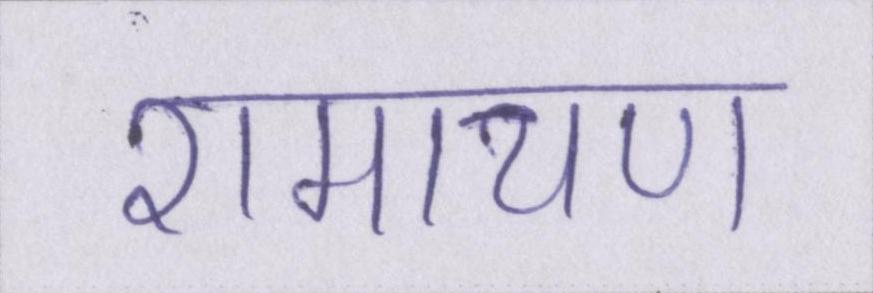
रामायण